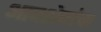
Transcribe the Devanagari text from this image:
आवशेषांचा